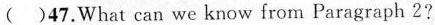
( )47.What can we know from Paragraph 2?